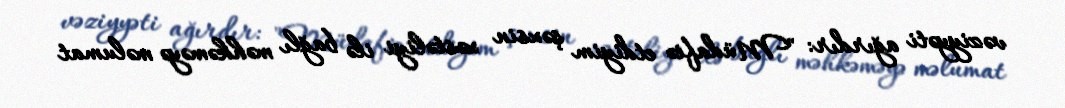
vəziyyəti ağırdır: "Müdafiə etdiyim şəxsin xəstəliyi ilə bağlı məhkəməyə məlumat